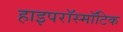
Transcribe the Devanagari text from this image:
हाइपरॉस्मॉटिक